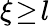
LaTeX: \xi\! \ge\! l